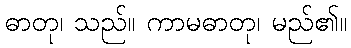
ဓာတု၊ သည်။ ကာမဓာတု၊ မည်၏။